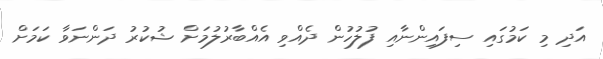
އަދި މި ކަމުގައި ސިފައިންނާއި ފުލުހުން ދެއްވި އެއްބާރުލުމަށް ޝުކުރު ދަންނަވާ ކަމަށް